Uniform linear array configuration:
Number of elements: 12
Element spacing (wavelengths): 1
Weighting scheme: hann
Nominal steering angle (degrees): -45
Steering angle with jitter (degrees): -46.969
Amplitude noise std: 0.05
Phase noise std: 0.05

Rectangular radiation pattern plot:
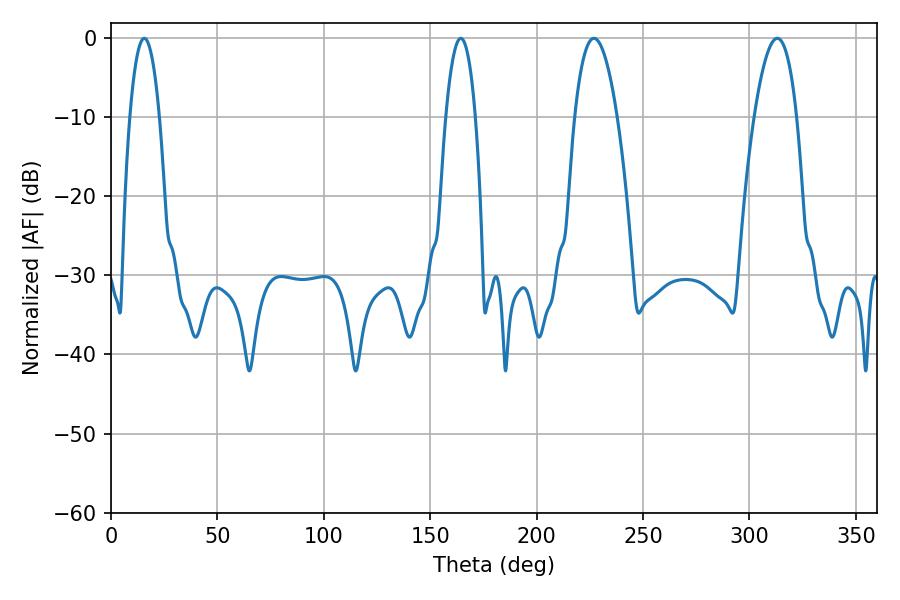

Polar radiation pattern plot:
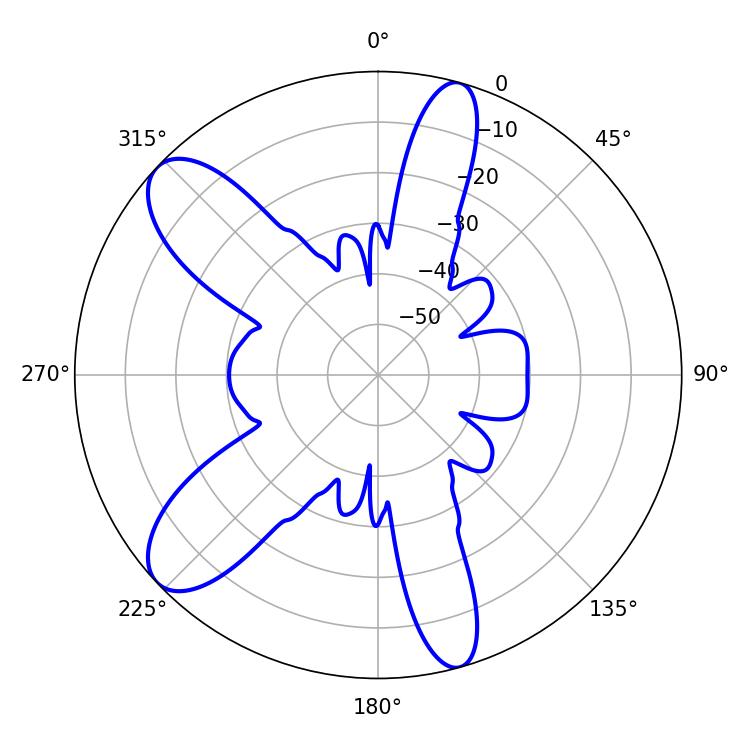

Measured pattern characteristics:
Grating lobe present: TRUE
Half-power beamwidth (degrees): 7.74
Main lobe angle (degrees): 15.66